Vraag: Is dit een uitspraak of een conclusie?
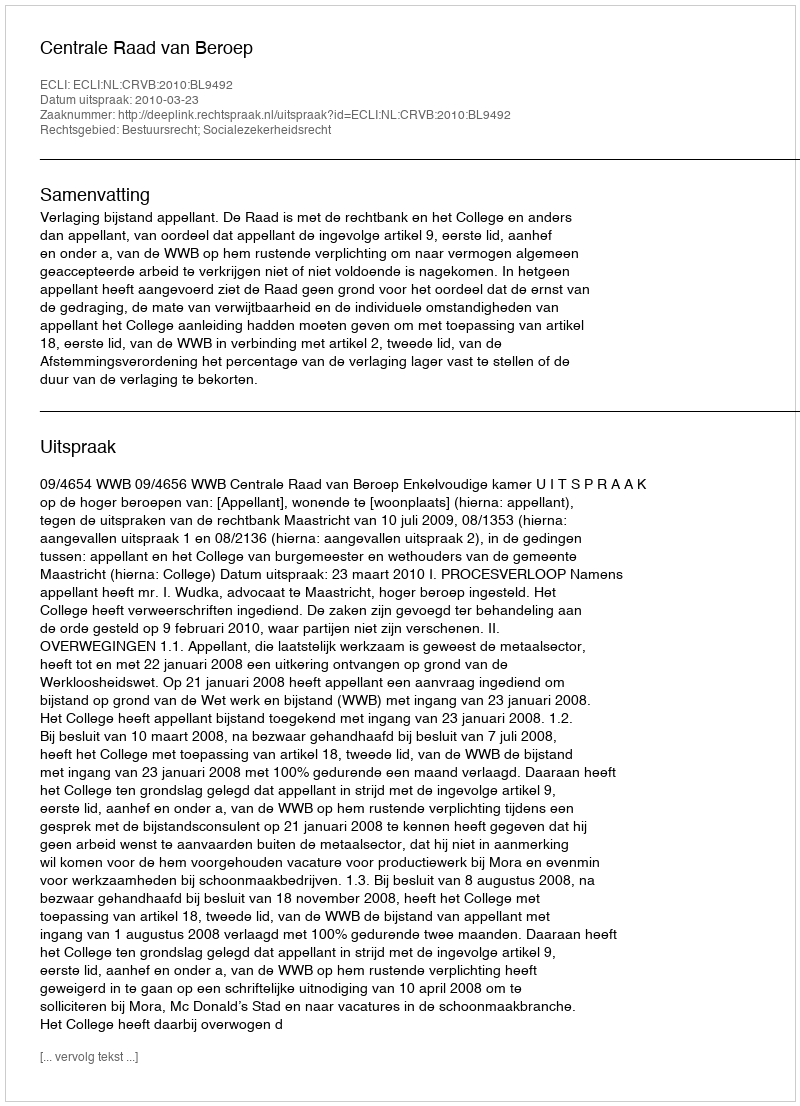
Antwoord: Uitspraak